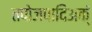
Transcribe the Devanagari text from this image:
तपोजपादिअक्ं